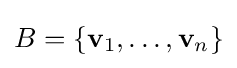
B=\{\mathbf {v} _{1},\ldots ,\mathbf {v} _{n}\}